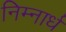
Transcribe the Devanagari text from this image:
निम्नार्ध